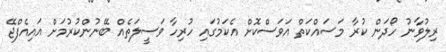
ރިލުވާނު ހޯދަން ކުރާ މަސައްކަތް އަވަސްކޮށް އެކަމުގައި ހުރިހާ ވަސީލަތެއް ބޭނުންކުރުމަށް އައިއެފްޖޭ